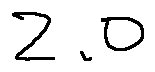
2 . 0